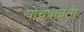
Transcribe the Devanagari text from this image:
पोचपावती